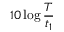
1 0 \log { \frac { T } { t _ { 1 } } }